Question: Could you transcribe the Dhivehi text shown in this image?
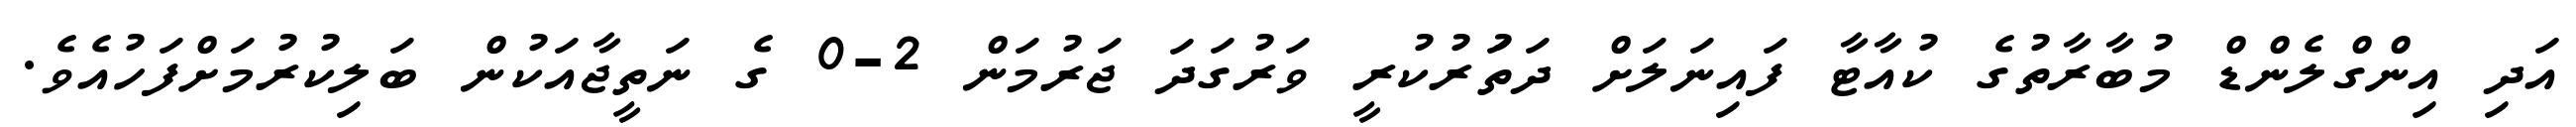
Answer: އަދި އިންގްލެންޑް މުބާރާތުގެ ކުއާޓާ ފައިނަލަށް ދަތަުރުކުރީ ވަރުގަދަ ޖަރުމަން 2-0 ގެ ނަތީޖާއަކުން ބަލިކުރުމަށްފަހުއެވެ.